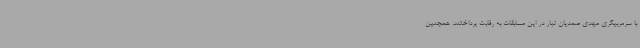
با سرمربیگری مهدی صمدیان تبار در این مسابقات به رقابت پرداختند. همچنین